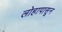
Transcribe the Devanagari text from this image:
लोहापासून